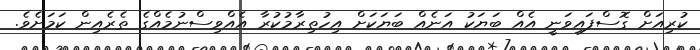
ކުރިއަށް ގޮސްފައިވަނީ އެއް ބަޔަކު އަނެއް ބަޔަކަށް އިހުތިރާމުކުރާ އެއްވިސްނުމެއްގެ ތެރެއިން ކަމަށެވެ.